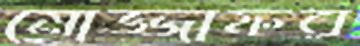
মোজ্জাফর